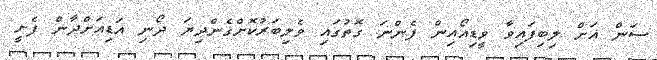
ސަން އަށް ލިބިފައިވާ ވީޑިއޯއިން ފެންނަ ގޮތުގައި ވެލިބަރުކޮށްގެންދިޔަ ދޯނި އަޑިއަށްދާން ފެށީ